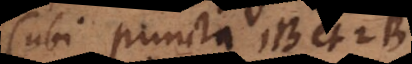
(ubi puncta B et B